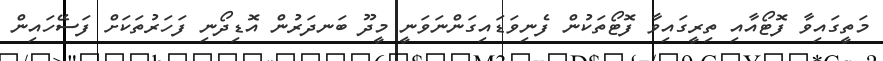
މަތީގައިވާ ފޮޓޯއާއި ތިރީގައިވާ ފޮޓޯތަކުން ފެނިވަޑައިގަންނަވަނީ މީދޫ ބަނދަރުން އޮޑިދޯނި ފަހަރުތަކަށް ފަސޭހައިން